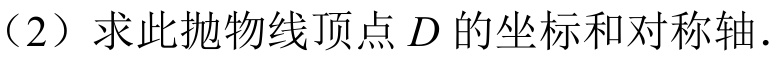
（2）求此抛物线顶点\(D\)的坐标和对称轴.